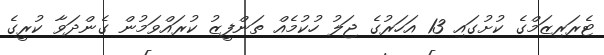
ޓެރަރިޒަމްގެ ކުށުގައި 13 އަހަރުގެ ޖަލު ހުކުމެއް ތަންފީޒު ކުރައްވަމުން ގެންދަވާ ކުރީގެ